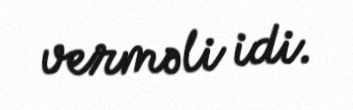
verməli idi.